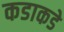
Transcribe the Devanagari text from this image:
कडाकडे